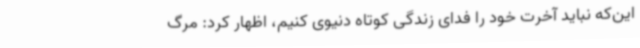
این‌که نباید آخرت خود را فدای زندگی کوتاه دنیوی کنیم، اظهار کرد: مرگ